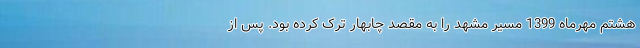
هشتم مهرماه 1399 مسیر مشهد را به مقصد چابهار ترک کرده بود. پس از